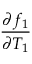
\frac { \partial f _ { 1 } } { \partial T _ { 1 } }